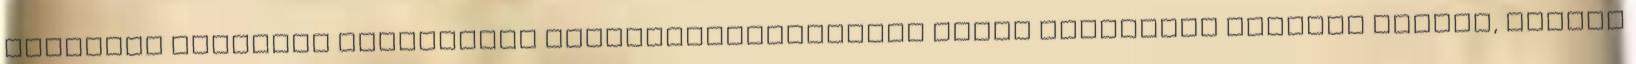
számukra elérhető információ figyelembevételével olyan termelési döntést hoznak, amivel